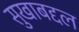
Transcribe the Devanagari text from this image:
सुखाबद्दल